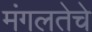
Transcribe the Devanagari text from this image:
मंगलतेचे